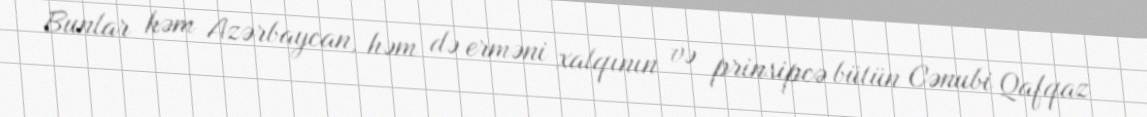
Bunlar həm Azərbaycan, həm də erməni xalqının və prinsipcə bütün Cənubi Qafqaz